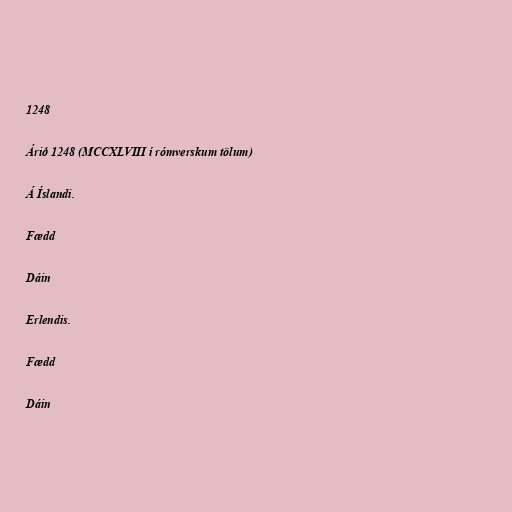
1248

Árið 1248 (MCCXLVIII í rómverskum tölum)

Á Íslandi.

Fædd

Dáin

Erlendis.

Fædd

Dáin